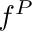
f ^ { P }